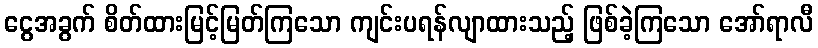
ငွေအခွက် စိတ်ထားမြင့်မြတ်ကြသော ကျင်းပရန်လျာထားသည့် ဖြစ်ခဲ့ကြသော အော်ရာလီ